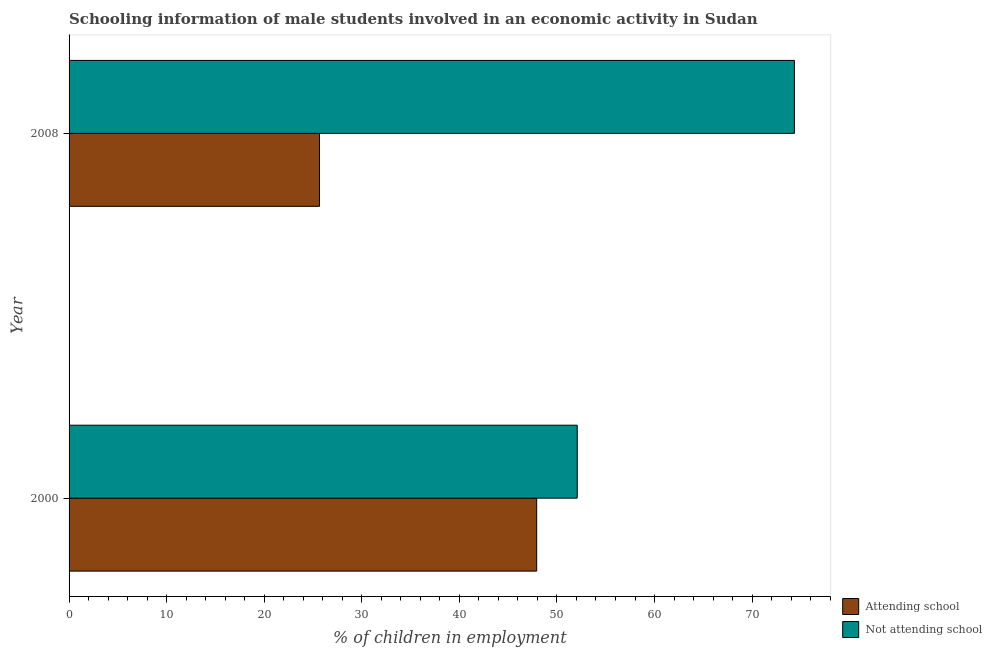
| Year | Attending school | Not attending school |
 | --- | --- | --- |
 | 2000 | 47.9 | 52.1 |
 | 2008 | 25.7 | 74.3 |